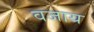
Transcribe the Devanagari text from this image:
वजाय